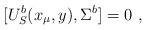
LaTeX: \begin{align*}[U^b_S(x_\mu , y),\Sigma^b]=0~, \end{align*}